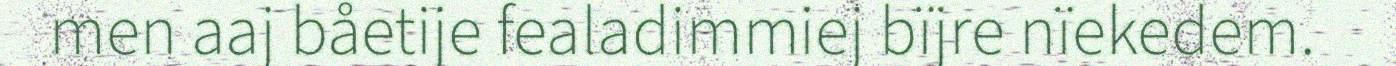
men aaj båetije fealadimmiej bïjre nïekedem.